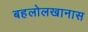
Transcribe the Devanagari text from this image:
बहलोलखानास